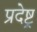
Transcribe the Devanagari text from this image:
प्रदेष्ट्र